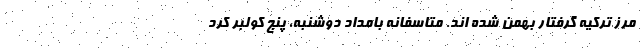
مرز ترکیه گرفتار بهمن شده اند. متاسفانه بامداد دوشنبه، پنج کولبر کُرد